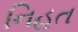
નિહત